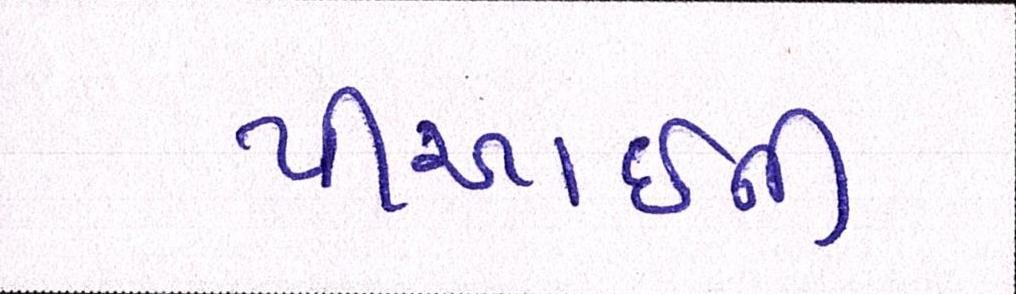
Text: પીઆઈની